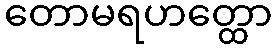
တောမရဟတ္ထော